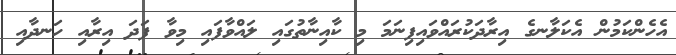
އެހެންކަމުން އެކަލާނގެ އިރާދަކުރައްވައިފިނަމަ މި ކާއިނާތުގައި ލައްވާފައި މިވާ ފަދަ އިރާއި ހަނދާއި